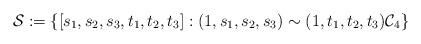
LaTeX: \begin{align*}\mathcal{S}:=\{[s_{1},s_{2},s_{3},t_{1},t_{2},t_{3}]:(1,s_{1},s_{2},s_{3})\sim(1,t_{1},t_{2},t_{3})\mathcal{C}_{4}\}\end{align*}